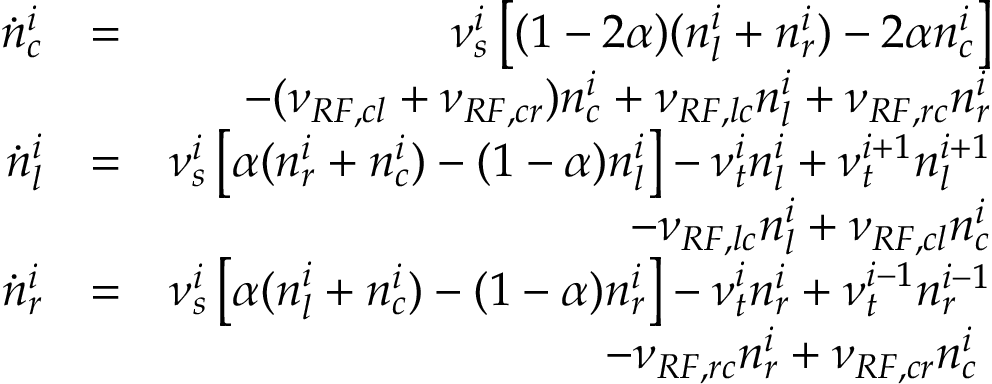
\begin{array} { r l r } { \dot { n } _ { c } ^ { i } } & { = } & { \nu _ { s } ^ { i } \left[ ( 1 - 2 \alpha ) ( n _ { l } ^ { i } + n _ { r } ^ { i } ) - 2 \alpha n _ { c } ^ { i } \right] } \\ & { } & { - ( \nu _ { R F , c l } + \nu _ { R F , c r } ) n _ { c } ^ { i } + \nu _ { R F , l c } n _ { l } ^ { i } + \nu _ { R F , r c } n _ { r } ^ { i } } \\ { \dot { n } _ { l } ^ { i } } & { = } & { \nu _ { s } ^ { i } \left[ \alpha ( n _ { r } ^ { i } + n _ { c } ^ { i } ) - ( 1 - \alpha ) n _ { l } ^ { i } \right] - \nu _ { t } ^ { i } n _ { l } ^ { i } + \nu _ { t } ^ { i + 1 } n _ { l } ^ { i + 1 } } \\ & { } & { - \nu _ { R F , l c } n _ { l } ^ { i } + \nu _ { R F , c l } n _ { c } ^ { i } } \\ { \dot { n } _ { r } ^ { i } } & { = } & { \nu _ { s } ^ { i } \left[ \alpha ( n _ { l } ^ { i } + n _ { c } ^ { i } ) - ( 1 - \alpha ) n _ { r } ^ { i } \right] - \nu _ { t } ^ { i } n _ { r } ^ { i } + \nu _ { t } ^ { i - 1 } n _ { r } ^ { i - 1 } } \\ & { } & { - \nu _ { R F , r c } n _ { r } ^ { i } + \nu _ { R F , c r } n _ { c } ^ { i } \; } \end{array}